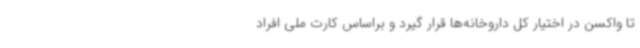
تا واکسن در اختیار کل داروخانه‌ها قرار گیرد و براساس کارت ملی افراد